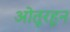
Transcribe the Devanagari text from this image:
ओतूरहून